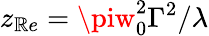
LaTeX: z_{\mathbb{R}e}=\piw_{0}^{2}\Gamma^{2}/\lambda